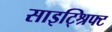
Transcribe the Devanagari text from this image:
साइट्श्रिफ्ट